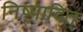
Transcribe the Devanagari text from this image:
निष्पादित्